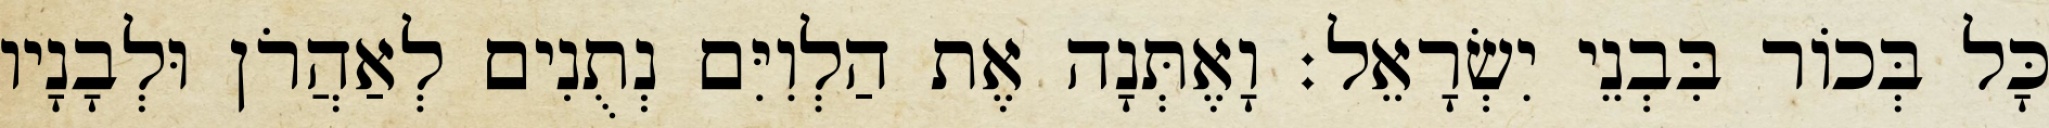
כָּל בְּכוֹר בִּבְנֵי יִשְׂרָאֵל׃ וָאֶתְּנָה אֶת הַלְוִיִּם נְתֻנִים לְאַהֲרֹן וּלְבָנָיו